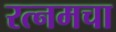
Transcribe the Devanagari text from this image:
रत्नमचा